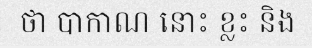
ថា បាកាណ នោះ ខ្លះ និង